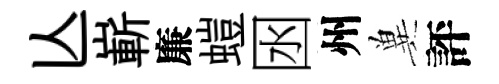
亾嶄廉螘囦州兾評